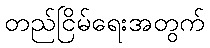
တည်ငြိမ်ရေးအတွက်